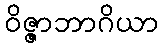
ဝိဇ္ဇာဘာဂိယာ